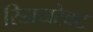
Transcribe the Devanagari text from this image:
रिडायरेक्ट